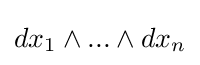
dx_{1}\wedge ...\wedge dx_{n}